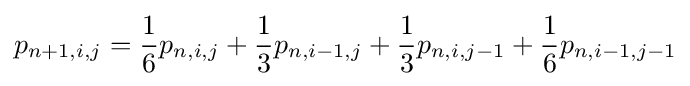
p_{n+1,i,j}={1 \over 6}p_{n,i,j}+{1 \over 3}p_{n,i-1,j}+{1 \over 3}p_{n,i,j-1}+{1 \over 6}p_{n,i-1,j-1}